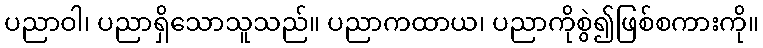
ပညာဝါ၊ ပညာရှိသောသူသည်။ ပညာကထာယ၊ ပညာကိုစွဲ၍ဖြစ်စကားကို။